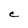
Character: C